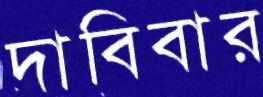
দাবিবার